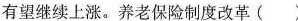
有望继续上涨。养老保险制度改革( )